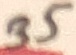
Text: 35